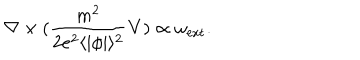
LaTeX: { \bf \nabla } \times ( \frac { m ^ { 2 } } { 2 e ^ { 2 } \langle | \phi | \rangle ^ { 2 } } { \bf V } ) \propto { \bf \omega } _ { \mathrm { e x t } } .